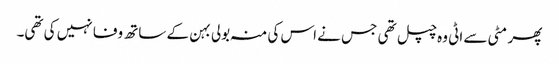
پھر مٹی سے اٹی وہ چپل تھی جس نے اس کی منہ بولی بہن کے ساتھ وفا نہیں کی تھی۔